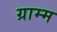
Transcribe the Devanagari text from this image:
ग्राम्म